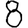
Digit: 8